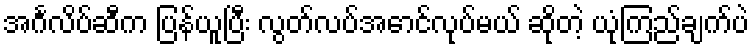
အင်္ဂလိပ်ဆီက ပြန်ယူပြီး လွတ်လပ်အောင်လုပ်မယ် ဆိုတဲ့ ယုံကြည်ချက်ပဲ